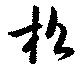
松